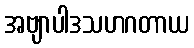
အဗျာပါဒသဟဂတာယ